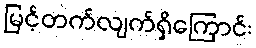
မြင့်တက်လျက်ရှိကြောင်း